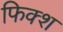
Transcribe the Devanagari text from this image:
फिक्श